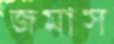
জমাস